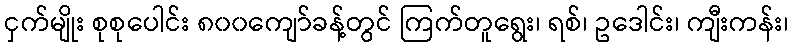
ငှက်မျိုး စုစုပေါင်း ၈၀၀ကျော်ခန့်တွင် ကြက်တူရွေး၊ ရစ်၊ ဥဒေါင်း၊ ကျီးကန်း၊